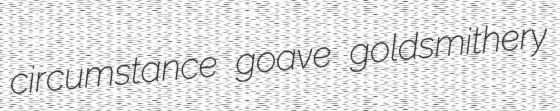
circumstance goave goldsmithery